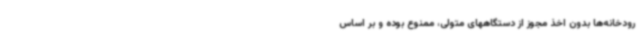
رودخانه‌ها بدون اخذ مجوز از دستگاههای متولی، ممنوع بوده و بر اساس